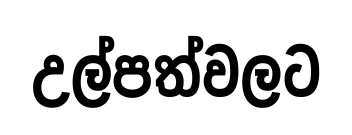
උල්පත්වලට